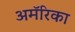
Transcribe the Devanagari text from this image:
अमॅरिका